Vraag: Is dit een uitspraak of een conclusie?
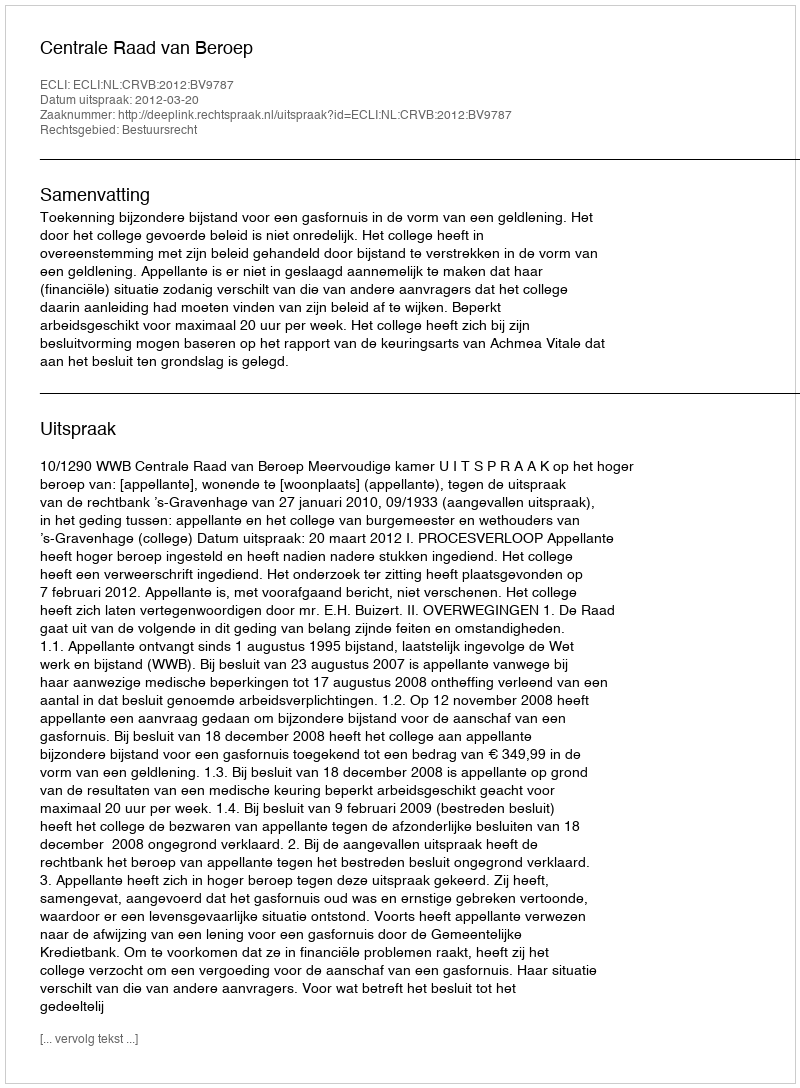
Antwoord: Uitspraak